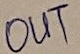
Text: OUT